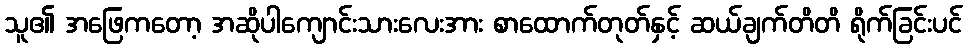
သူ၏ အဖြေကတော့ အဆိုပါကျောင်းသားလေးအား စာထောက်တုတ်နှင့် ဆယ်ချက်တိတိ ရိုက်ခြင်းပင်